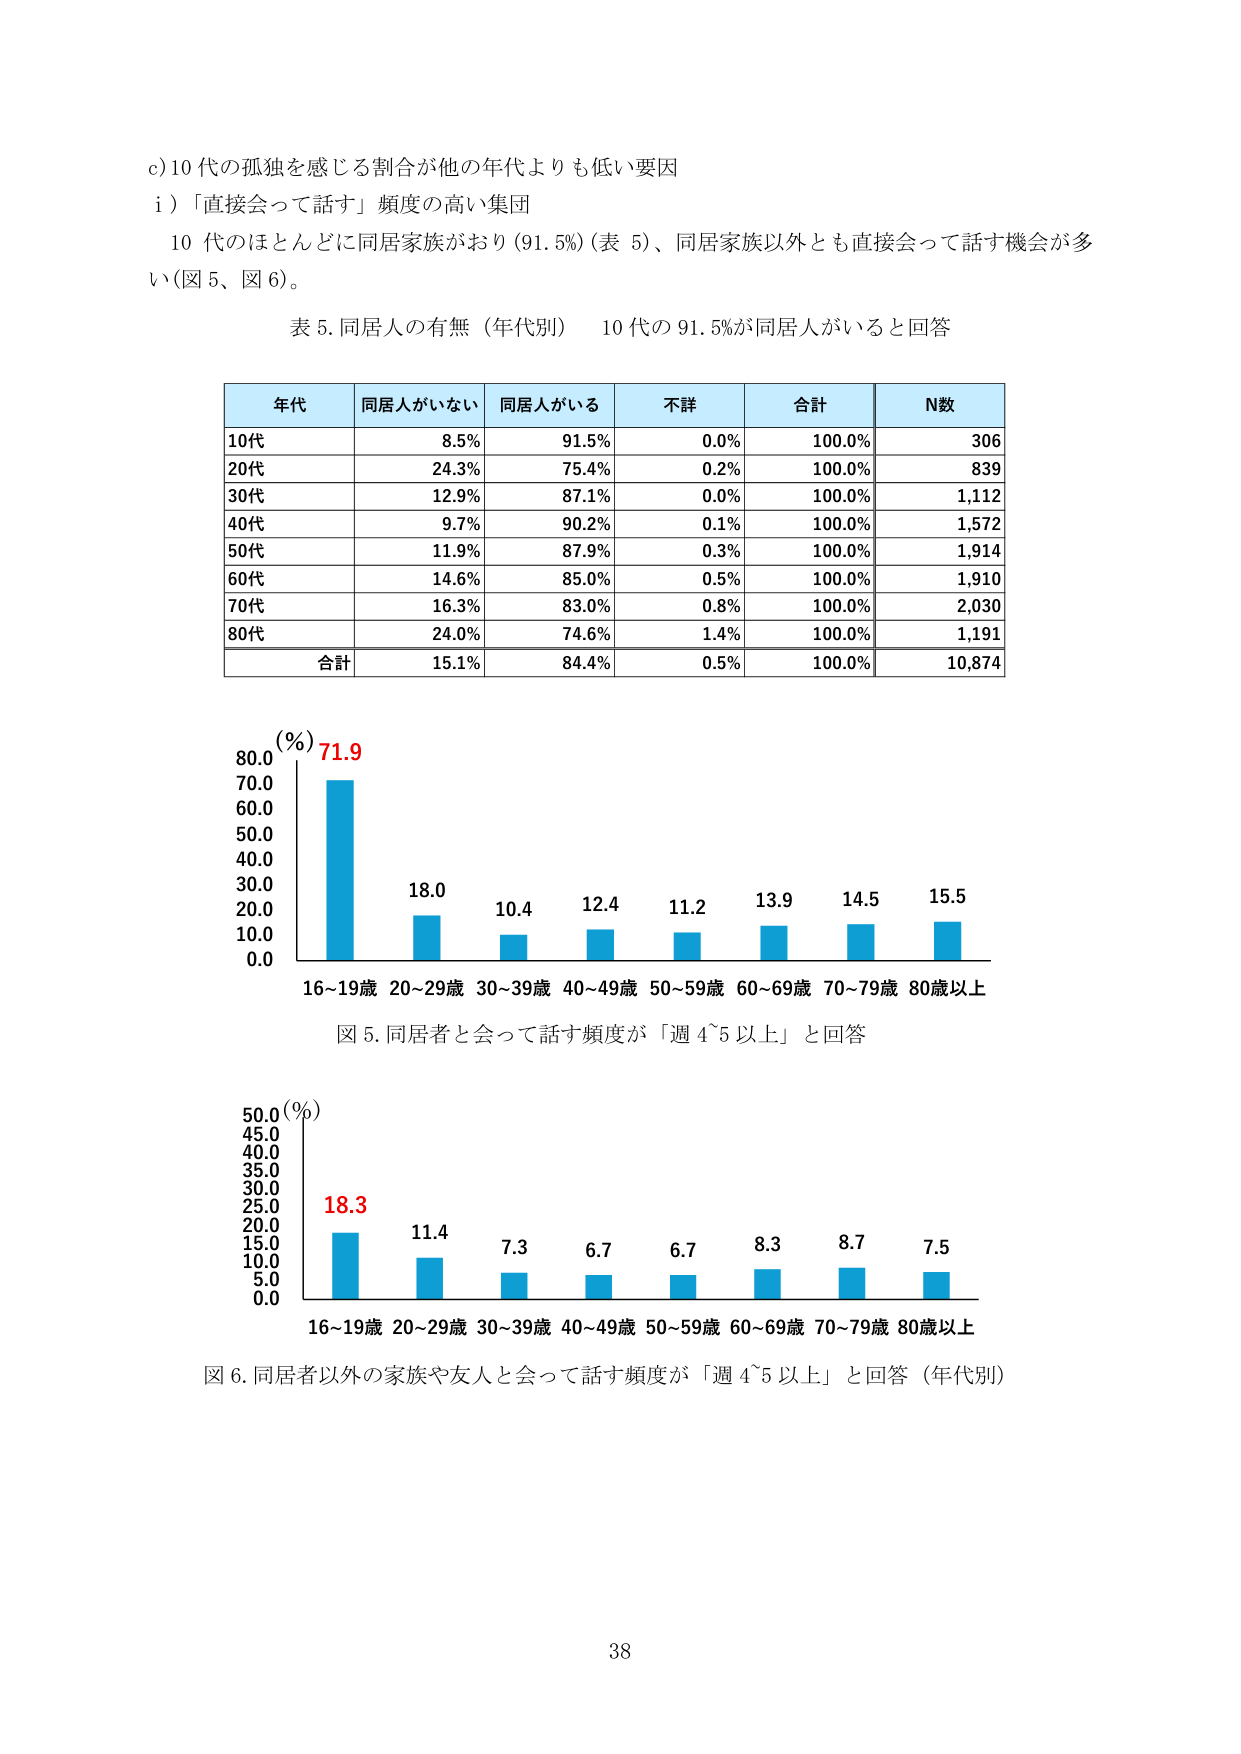
c) 10代の孤独を感じる割合が他の年代よりも低い要因
i) 「直接会って話す」頻度の高い集団
10代のほとんどに同居家族がおり（91.5%）（表5）、同居家族以外とも直接会って話す機会が多い（図5、図6）。

表5. 同居人の有無（年代別） 10代の91.5%が同居人がいると回答

| 年代 | 同居人がいない | 同居人がいる | 不詳 | 合計 | N数 |
|------|----------------|--------------|------|------|-----|
| 10代 | 8.5%           | 91.5%        | 0.0% | 100.0% | 306 |
| 20代 | 24.3%          | 75.4%        | 0.2% | 100.0% | 839 |
| 30代 | 12.9%          | 87.1%        | 0.0% | 100.0% | 1,112 |
| 40代 | 9.7%           | 90.2%        | 0.1% | 100.0% | 1,572 |
| 50代 | 11.9%          | 87.9%        | 0.3% | 100.0% | 1,914 |
| 60代 | 14.6%          | 85.0%        | 0.5% | 100.0% | 1,910 |
| 70代 | 16.3%          | 83.0%        | 0.8% | 100.0% | 2,030 |
| 80代 | 24.0%          | 74.6%        | 1.4% | 100.0% | 1,191 |
| 合計 | 15.1%          | 84.4%        | 0.5% | 100.0% | 10,874 |

(%)
80.0
70.0
60.0
50.0
40.0
30.0
20.0
10.0
0.0

71.9
18.0
10.4
12.4
11.2
13.9
14.5
15.5

16~19歳 20~29歳 30~39歳 40~49歳 50~59歳 60~69歳 70~79歳 80歳以上

図5. 同居者と会って話す頻度が「週4~5以上」と回答

(%)
50.0
45.0
40.0
35.0
30.0
25.0
20.0
15.0
10.0
5.0
0.0

18.3
11.4
7.3
6.7
6.7
8.3
8.7
7.5

16~19歳 20~29歳 30~39歳 40~49歳 50~59歳 60~69歳 70~79歳 80歳以上

図6. 同居者以外の家族や友人と会って話す頻度が「週4~5以上」と回答（年代別）

38